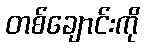
တစ်ချောင်းကို